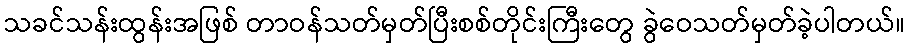
သခင်သန်းထွန်းအဖြစ် တာဝန်သတ်မှတ်ပြီးစစ်တိုင်းကြီးတွေ ခွဲဝေသတ်မှတ်ခဲ့ပါတယ်။